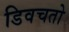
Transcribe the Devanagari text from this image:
डिवचतो